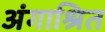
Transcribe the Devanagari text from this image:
अंगाश्रित